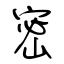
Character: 密